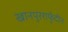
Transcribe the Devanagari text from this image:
खानपुरशर्फुदीन